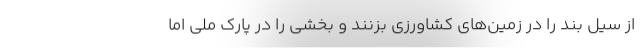
از سیل بند را در زمین‌های کشاورزی بزنند و بخشی را در پارک ملی اما